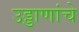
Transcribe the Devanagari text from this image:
उड्डाणांचे